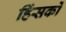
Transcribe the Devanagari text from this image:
हिंसकों